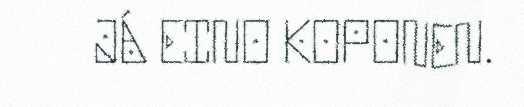
JÁ EINO KOPONEN.